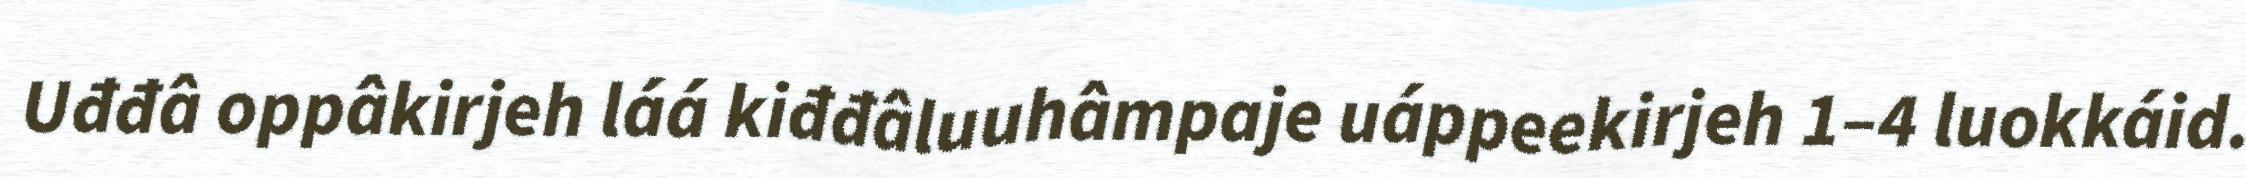
Uđđâ oppâkirjeh láá kiđđâluuhâmpaje uáppeekirjeh 1–4 luokkáid.